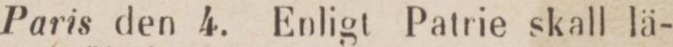
Paris den 4. Enligt Patrie skall lä-